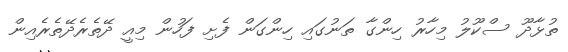
ތުޅާދޫ ސްކޫލު މިހާރު ހިންގާ ތަނުގައި ހިންގަން ފެށި ފަހުން މިއީ ދޭތެރެދޭތެރެއިން